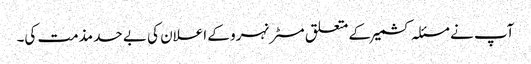
آپ نے مسئلہ کشمیر کے متعلق مسٹر نہرو کے اعلان کی بے حد مذمت کی۔